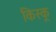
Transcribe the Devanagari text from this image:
किस्‍कू